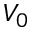
V _ { 0 }